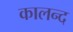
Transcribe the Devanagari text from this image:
कालन्द